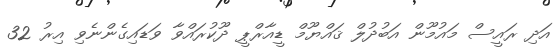
އަދި ރައީސް މައުމޫން އަބުދުލް ޤައްޔޫމް ޑީއާރްޕީ ދޫކުރައްވާ ވަޑައިގެންނެވި އިރު 32